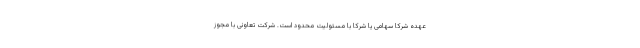
عهده شرکا سهامی یا شرکا با مسئولیت محدود است. شرکت تعاونی با مجوز